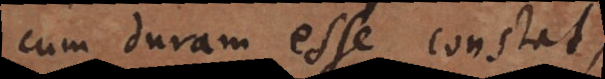
cum duram esse constat.